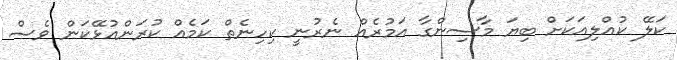
ކަލޭ ކުއްލިއަކަށް ބިޔަ މާސިންގާ އަމުރެއް ނެރުނީ ކިހިނެތް ކަމެއް ކުރަންއުޅޭކަން ވެސް